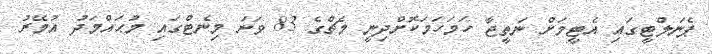
ޕެނަލްޓީގައި އެޓީމަށް ނަތީޖާ ހަމަހަމަކޮށްދިނީ މެޗްގެ 83 ވަނަ މިނެޓްގައި މުޙައްމަދު އުމޭރު